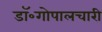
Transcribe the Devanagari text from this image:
डॉ॰गोपालचारी